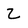
Character: 2